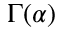
\Gamma ( \alpha )